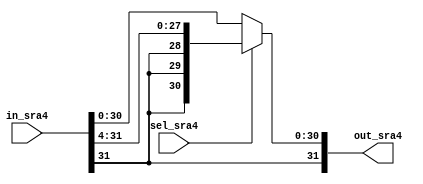
module SRA4 (in_sra4, sel_sra4, out_sra4);
  input [31:0] in_sra4;
  input sel_sra4;
  output [31:0] out_sra4;
  
  assign out_sra4 = (sel_sra4) ? {in_sra4[31], in_sra4[31], in_sra4[31], in_sra4[31], in_sra4[31:4]} : in_sra4;
endmodule